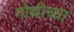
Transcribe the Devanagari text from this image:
पोथीच्या